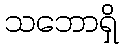
သဘောရှိ